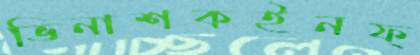
ভিনাশকইনফ্